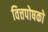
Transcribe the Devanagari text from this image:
वित्तपोषको